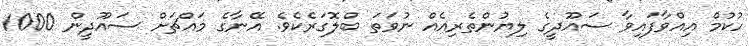
ހުކުމް އިއްވާފައިވާ ސައޫދީގެ ލިޔުންތެރިއެއް ނުވަތަ ބްލޮގަރެކެވެ. އޭނާގެ މައްޗަށް ސައޫދީން 1000